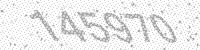
Solution: 145970